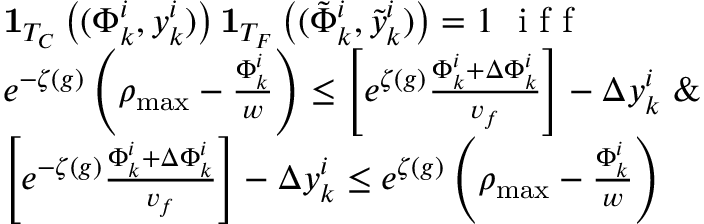
\begin{array} { r l } & { \mathbf { 1 } _ { T _ { C } } \left( ( \Phi _ { k } ^ { i } , y _ { k } ^ { i } ) \right) \mathbf { 1 } _ { T _ { F } } \left( ( \tilde { \Phi } _ { k } ^ { i } , \tilde { y } _ { k } ^ { i } ) \right) = 1 \ \textrm { i f f } } \\ & { e ^ { - \zeta ( g ) } \left( \rho _ { \operatorname* { m a x } } - \frac { \Phi _ { k } ^ { i } } { w } \right) \leq \left[ e ^ { \zeta ( g ) } \frac { \Phi _ { k } ^ { i } + \Delta \Phi _ { k } ^ { i } } { v _ { f } } \right] - \Delta y _ { k } ^ { i } \ \& } \\ & { \left[ e ^ { - \zeta ( g ) } \frac { \Phi _ { k } ^ { i } + \Delta \Phi _ { k } ^ { i } } { v _ { f } } \right] - \Delta y _ { k } ^ { i } \leq e ^ { \zeta ( g ) } \left( \rho _ { \operatorname* { m a x } } - { \frac { \Phi _ { k } ^ { i } } { w } } \right) } \end{array}